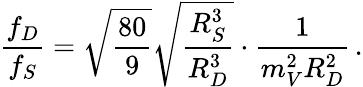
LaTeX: {\frac{f_{D}}{f_{S}}}=\sqrt{\frac{80}{9}}\sqrt{\frac{R_{S}^{3}}{R_{D}^{3}}}\cdot{\frac{1}{m_{V}^{2}R_{D}^{2}}}\, .